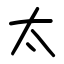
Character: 太